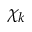
\chi _ { k }